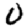
Digit: 0